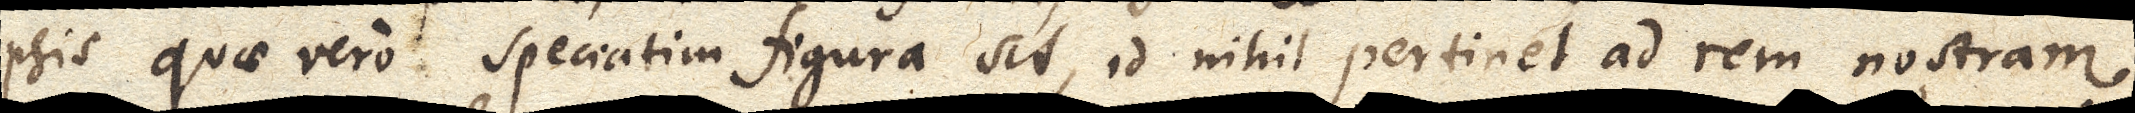
psis quae vero speciatim figura sit, id nihil pertinet ad rem nostram.